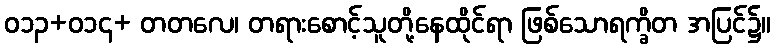
ဝ၁၃+ဝ၁၄+ တတလေ၊ တရားစောင့်သူတို့နေထိုင်ရာ ဖြစ်သောရက္ခိတ အပြင်၌။